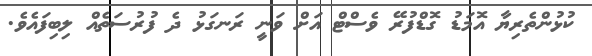
ކުޅުންތެރިޔާ އޮމަޑު ގޮޑްފުރޭ ވެސްޓް އަށް ވަނީ ރަނގަޅު ދެ ފުރުސަތެއް ލިބިފައެވެ.